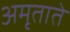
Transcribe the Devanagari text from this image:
अमृताते